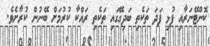
ކޮންޓޭނަރާއި ފުޅި ފަދަ ތަކެތި ބަދިގޭގައި ތަކެތި ރައްކާ ކުރުމަށް ބޭނުން ކުރާށެވެ.